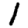
Digit: 1